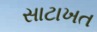
સાટાખત